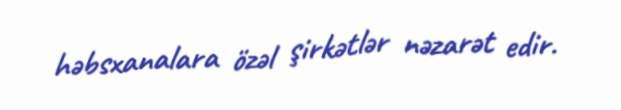
həbsxanalara özəl şirkətlər nəzarət edir.